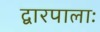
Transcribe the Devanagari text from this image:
द्वारपालाः